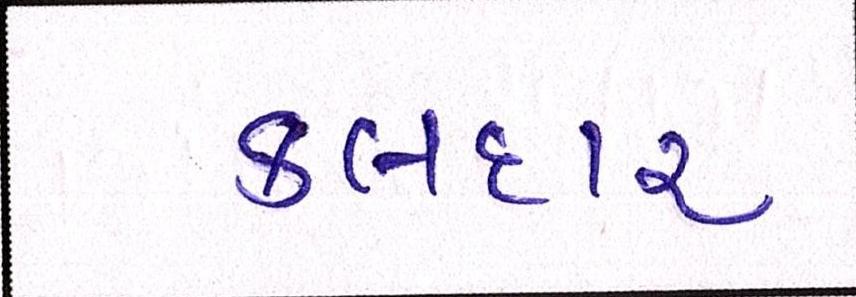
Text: કલદાર